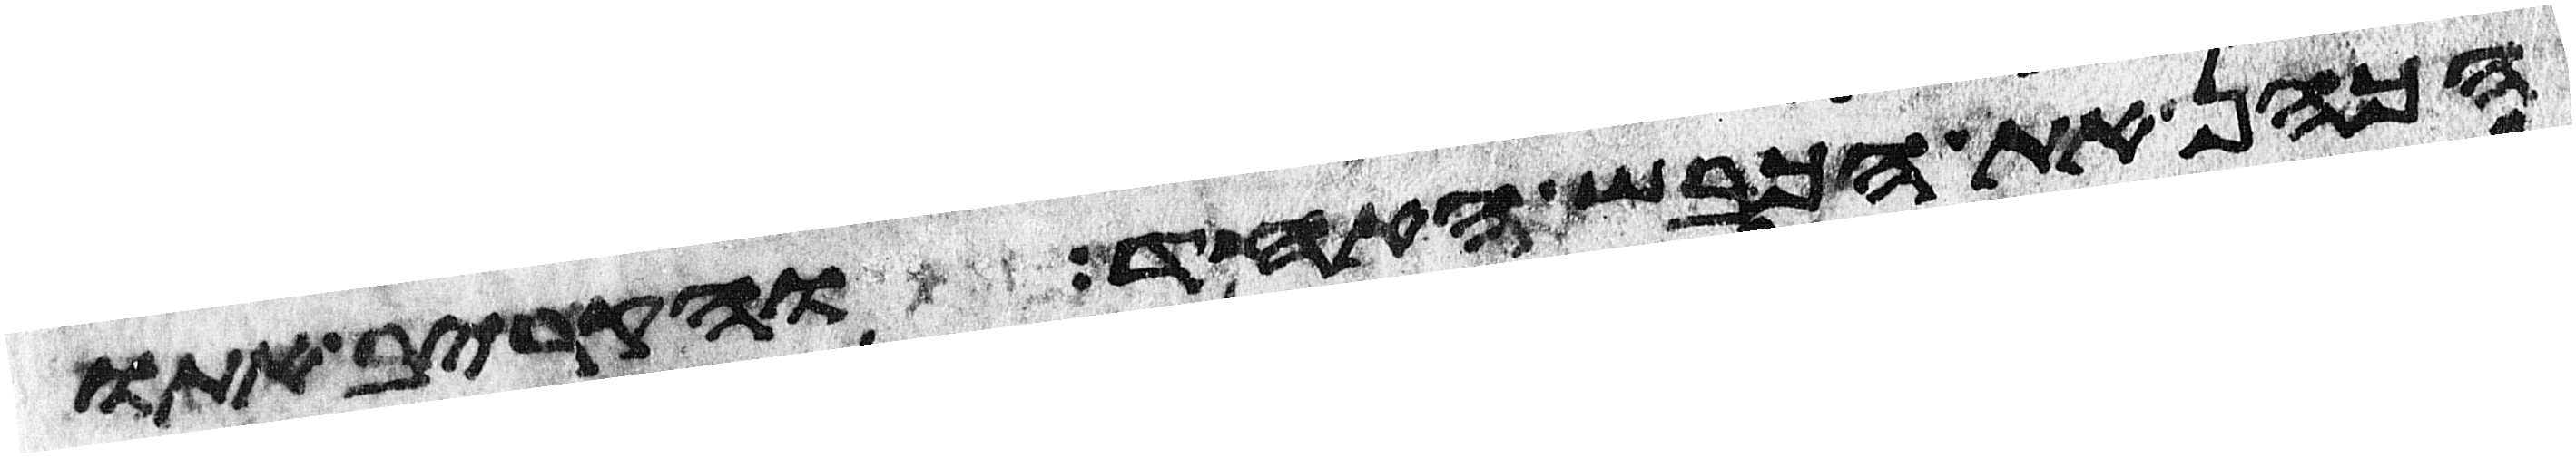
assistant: הכהן את הכבש האחד והקריב אתו